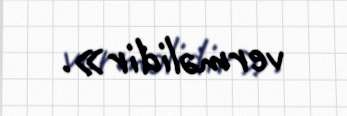
verməlidir».